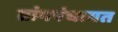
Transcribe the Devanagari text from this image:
ग्रांमपंचायत